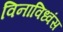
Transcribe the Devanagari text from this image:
विनाविध्वंस